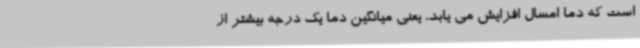
است که دما امسال افزایش می یابد، یعنی میانگین دما یک درجه بیشتر از